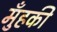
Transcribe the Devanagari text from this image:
मुँहकी